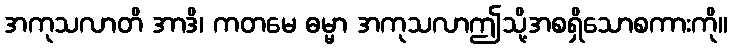
အကုသလာတိ အာဒိ၊ ကတမေ ဓမ္မာ အကုသလာဤသို့အစရှိသောစကားကို။